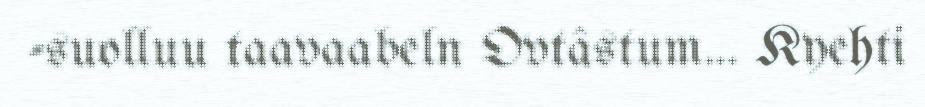
-suolluu taavaabeln Ovtâstum... Kyehti